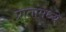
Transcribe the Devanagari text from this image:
प्रातांमध्ये